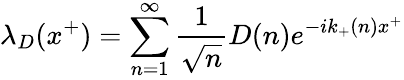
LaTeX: \lambda_{D}(x^{+})=\sum_{n=1}^{\infty}{\frac{1}{\sqrt{n}}}D(n)e^{-ik_{+}(n)x^{+}}